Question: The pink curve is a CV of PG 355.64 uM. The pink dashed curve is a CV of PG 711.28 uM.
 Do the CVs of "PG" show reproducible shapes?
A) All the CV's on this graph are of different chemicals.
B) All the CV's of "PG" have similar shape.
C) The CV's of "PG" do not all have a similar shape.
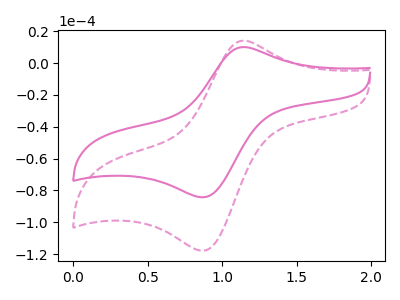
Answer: <think>The pink curve "PG 355.64 uM" has an anodic peak at (1.15V, 10.10uA) and a cathodic peak at (0.90V, -84.25uA). The pink dashed curve "PG 711.28 uM" has an anodic peak at (1.15V, 14.10uA) and a cathodic peak at (0.90V, -117.85uA).
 All the peaks in "PG 355.64 uM" have a peak in "PG 711.28 uM" at the same potential. Every peak in "PG 355.64 uM" is lower than every peak in "PG 711.28 uM".</think>
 <answer>B) All the CV's of "PG" have similar shape.</answer>
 <eval>B</eval>